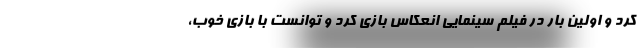
کرد و اولین بار در فیلم سینمایی انعکاس بازی کرد و توانست با بازی خوب،